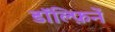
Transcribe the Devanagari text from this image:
डॉल्फ़िनें